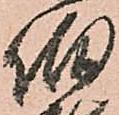
伯